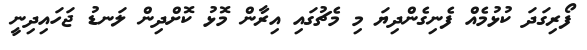
ފޯރިގަދަ ކުޅުމެއް ފެނިގެންދިޔަ މި މެޗުގައި އިރާން މޮޅު ކޮށްދިން ލަނޑު ޖަހައިދިނީ